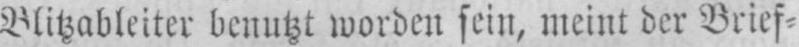
Blitzableiter benutzt worden sein, meint der Brief⸗